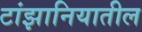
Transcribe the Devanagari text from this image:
टांझानियातील